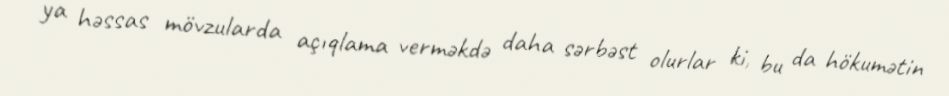
ya həssas mövzularda açıqlama verməkdə daha sərbəst olurlar ki, bu da hökumətin